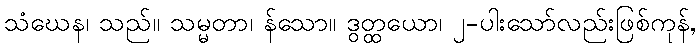
သံဃေန၊ သည်။ သမ္မတာ၊ န်သော။ ဒွတ္ထယော၊ ၂-ပါးသော်လည်းဖြစ်ကုန်,